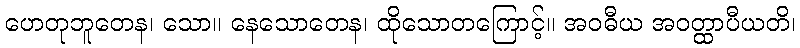
ဟေတုဘူတေန၊ သော။ နေသောတေန၊ ထိုသောတကြောင့်။ အဝဓီယ အဝတ္ထာပီယတိ၊